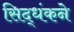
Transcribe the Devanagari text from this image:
सिद्धंकने